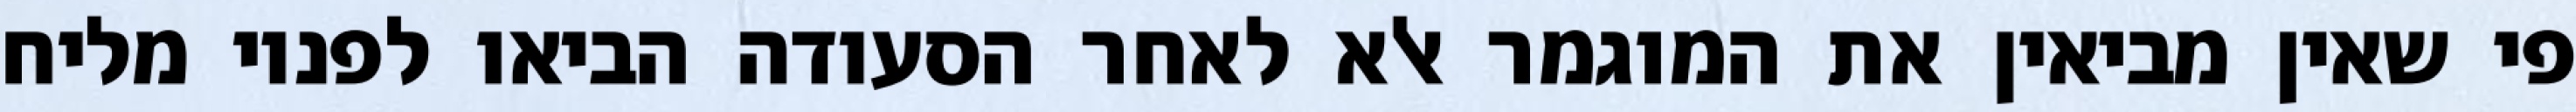
פי שאין מביאין את המוגמר אלא לאחר הסעודה הביאו לפניו מליח